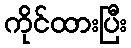
ကိုင်ထားပြီး